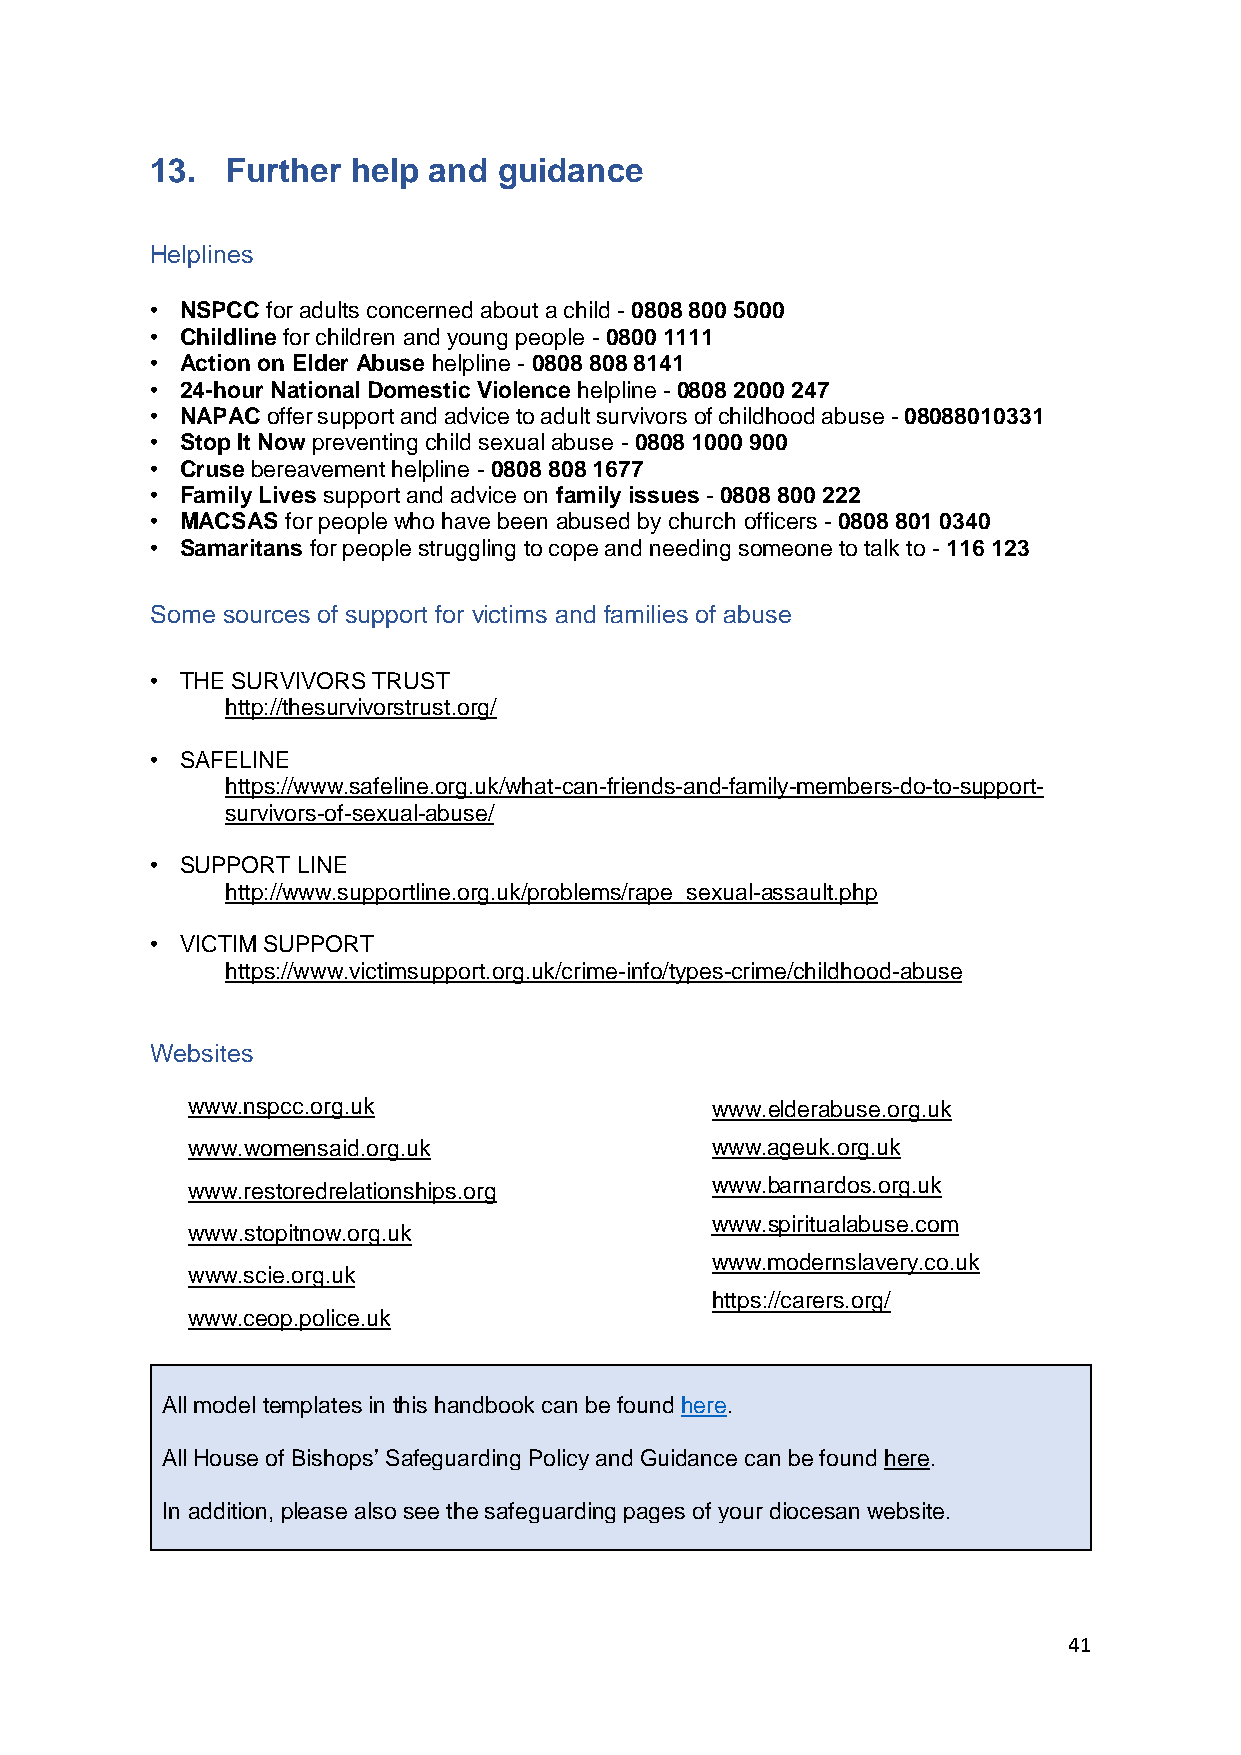
13.  Further help and  guidance
 Helplines
 • NSPCC for adults concerned about a child - 0808 800 5000
 • Childline for children and young people - 0800 1111
 • Action on Elder Abuse helpline - 0808 808 8141
 • 24-hour National Domestic Violence helpline - 0808 2000 247
 • NAPAC offer support and advice to adult survivors of childhood abuse - 08088010331
 • Stop It Now preventing child sexual abuse - 0808 1000 900
 • Cruse bereavement helpline - 0808 808 1677
 • Family Lives support and advice on family issues - 0808 800 222
 • MACSAS for people who have been abused by church officers - 0808 801 0340
 • Samaritans for people struggling to cope and needing someone to talk to - 116 123
 Some sources of support for victims and families of abuse
 • THE SURVIVORS TRUST
 http://thesurvivorstrust.org/
 • SAFELINE
 https://www.safeline.org.uk/what-can-friends-and-family-members-do-to-support-
 survivors-of-sexual-abuse/
 • SUPPORT LINE
 http://www.supportline.org.uk/problems/rape_sexual-assault.php
 • VICTIM SUPPORT
 https://www.victimsupport.org.uk/crime-info/types-crime/childhood-abuse
 Websites
 www.nspcc.org.uk                   www.elderabuse.org.uk
 www.womensaid.org.uk               www.ageuk.org.uk
 www.restoredrelationships.org      www.barnardos.org.uk
 www.spiritualabuse.com
 www.stopitnow.org.uk
 www.modernslavery.co.uk
 www.scie.org.uk
 htt ps://carers.org/
 www.ceop.police.uk
 All model templates in this handbook can be found here.
 All House of Bishops’ Safeguarding Policy and Guidance can be found here.
 In addition, please also see the safeguarding pages of your diocesan website.
 41